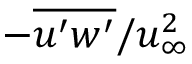
- \overline { { u ^ { \prime } w ^ { \prime } } } / u _ { \infty } ^ { 2 }